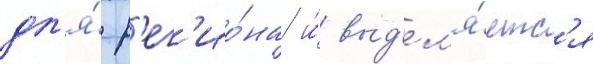
дл'я́ р'ег'ио́на и́ выд'ел'я́етс'я